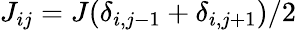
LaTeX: J_{ij}=J(\delta_{i,j-1}+\delta_{i,j+1})/2